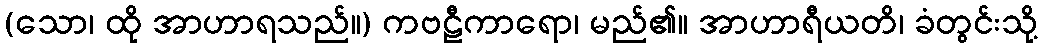
(သော၊ ထို အာဟာရသည်။) ကဗဠီကာရော၊ မည်၏။ အာဟာရီယတိ၊ ခံတွင်းသို့